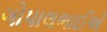
ગોપાલભાઈએ